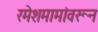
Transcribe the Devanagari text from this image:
रमेशमामांवरून